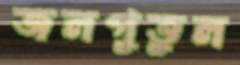
জলপুতুল